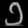
Digit: ၁